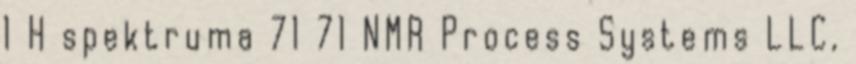
1 H spektruma 71 71 NMR Process Systems LLC,